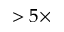
> 5 \times